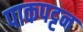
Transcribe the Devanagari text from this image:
पाकपट्टन